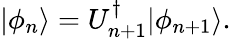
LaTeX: |\phi_{n}\rangle=U_{n+1}^{\dagger}|\phi_{n+1}\rangle.